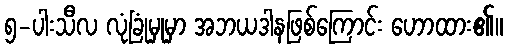
၅-ပါးသီလ လုံခြုံမှုမှာ အဘယဒါနဖြစ်ကြောင်း ဟောထား၏။